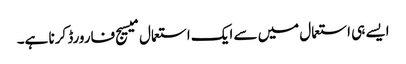
ایسے ہی استعمال میں سے ایک استعمال میسیج فارورڈ کرنا ہے۔